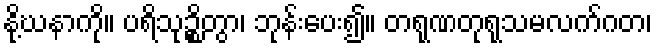
နို့ဃနာကို။ ပရိသုဉ္စိတွာ၊ ဘုန်းပေး၍။ တရုဏတုရုသမလက်ဂတ၊